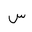
Letter: _sin